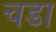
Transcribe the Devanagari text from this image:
चडा